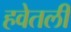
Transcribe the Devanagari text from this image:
हवेतली